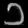
Digit: ၁